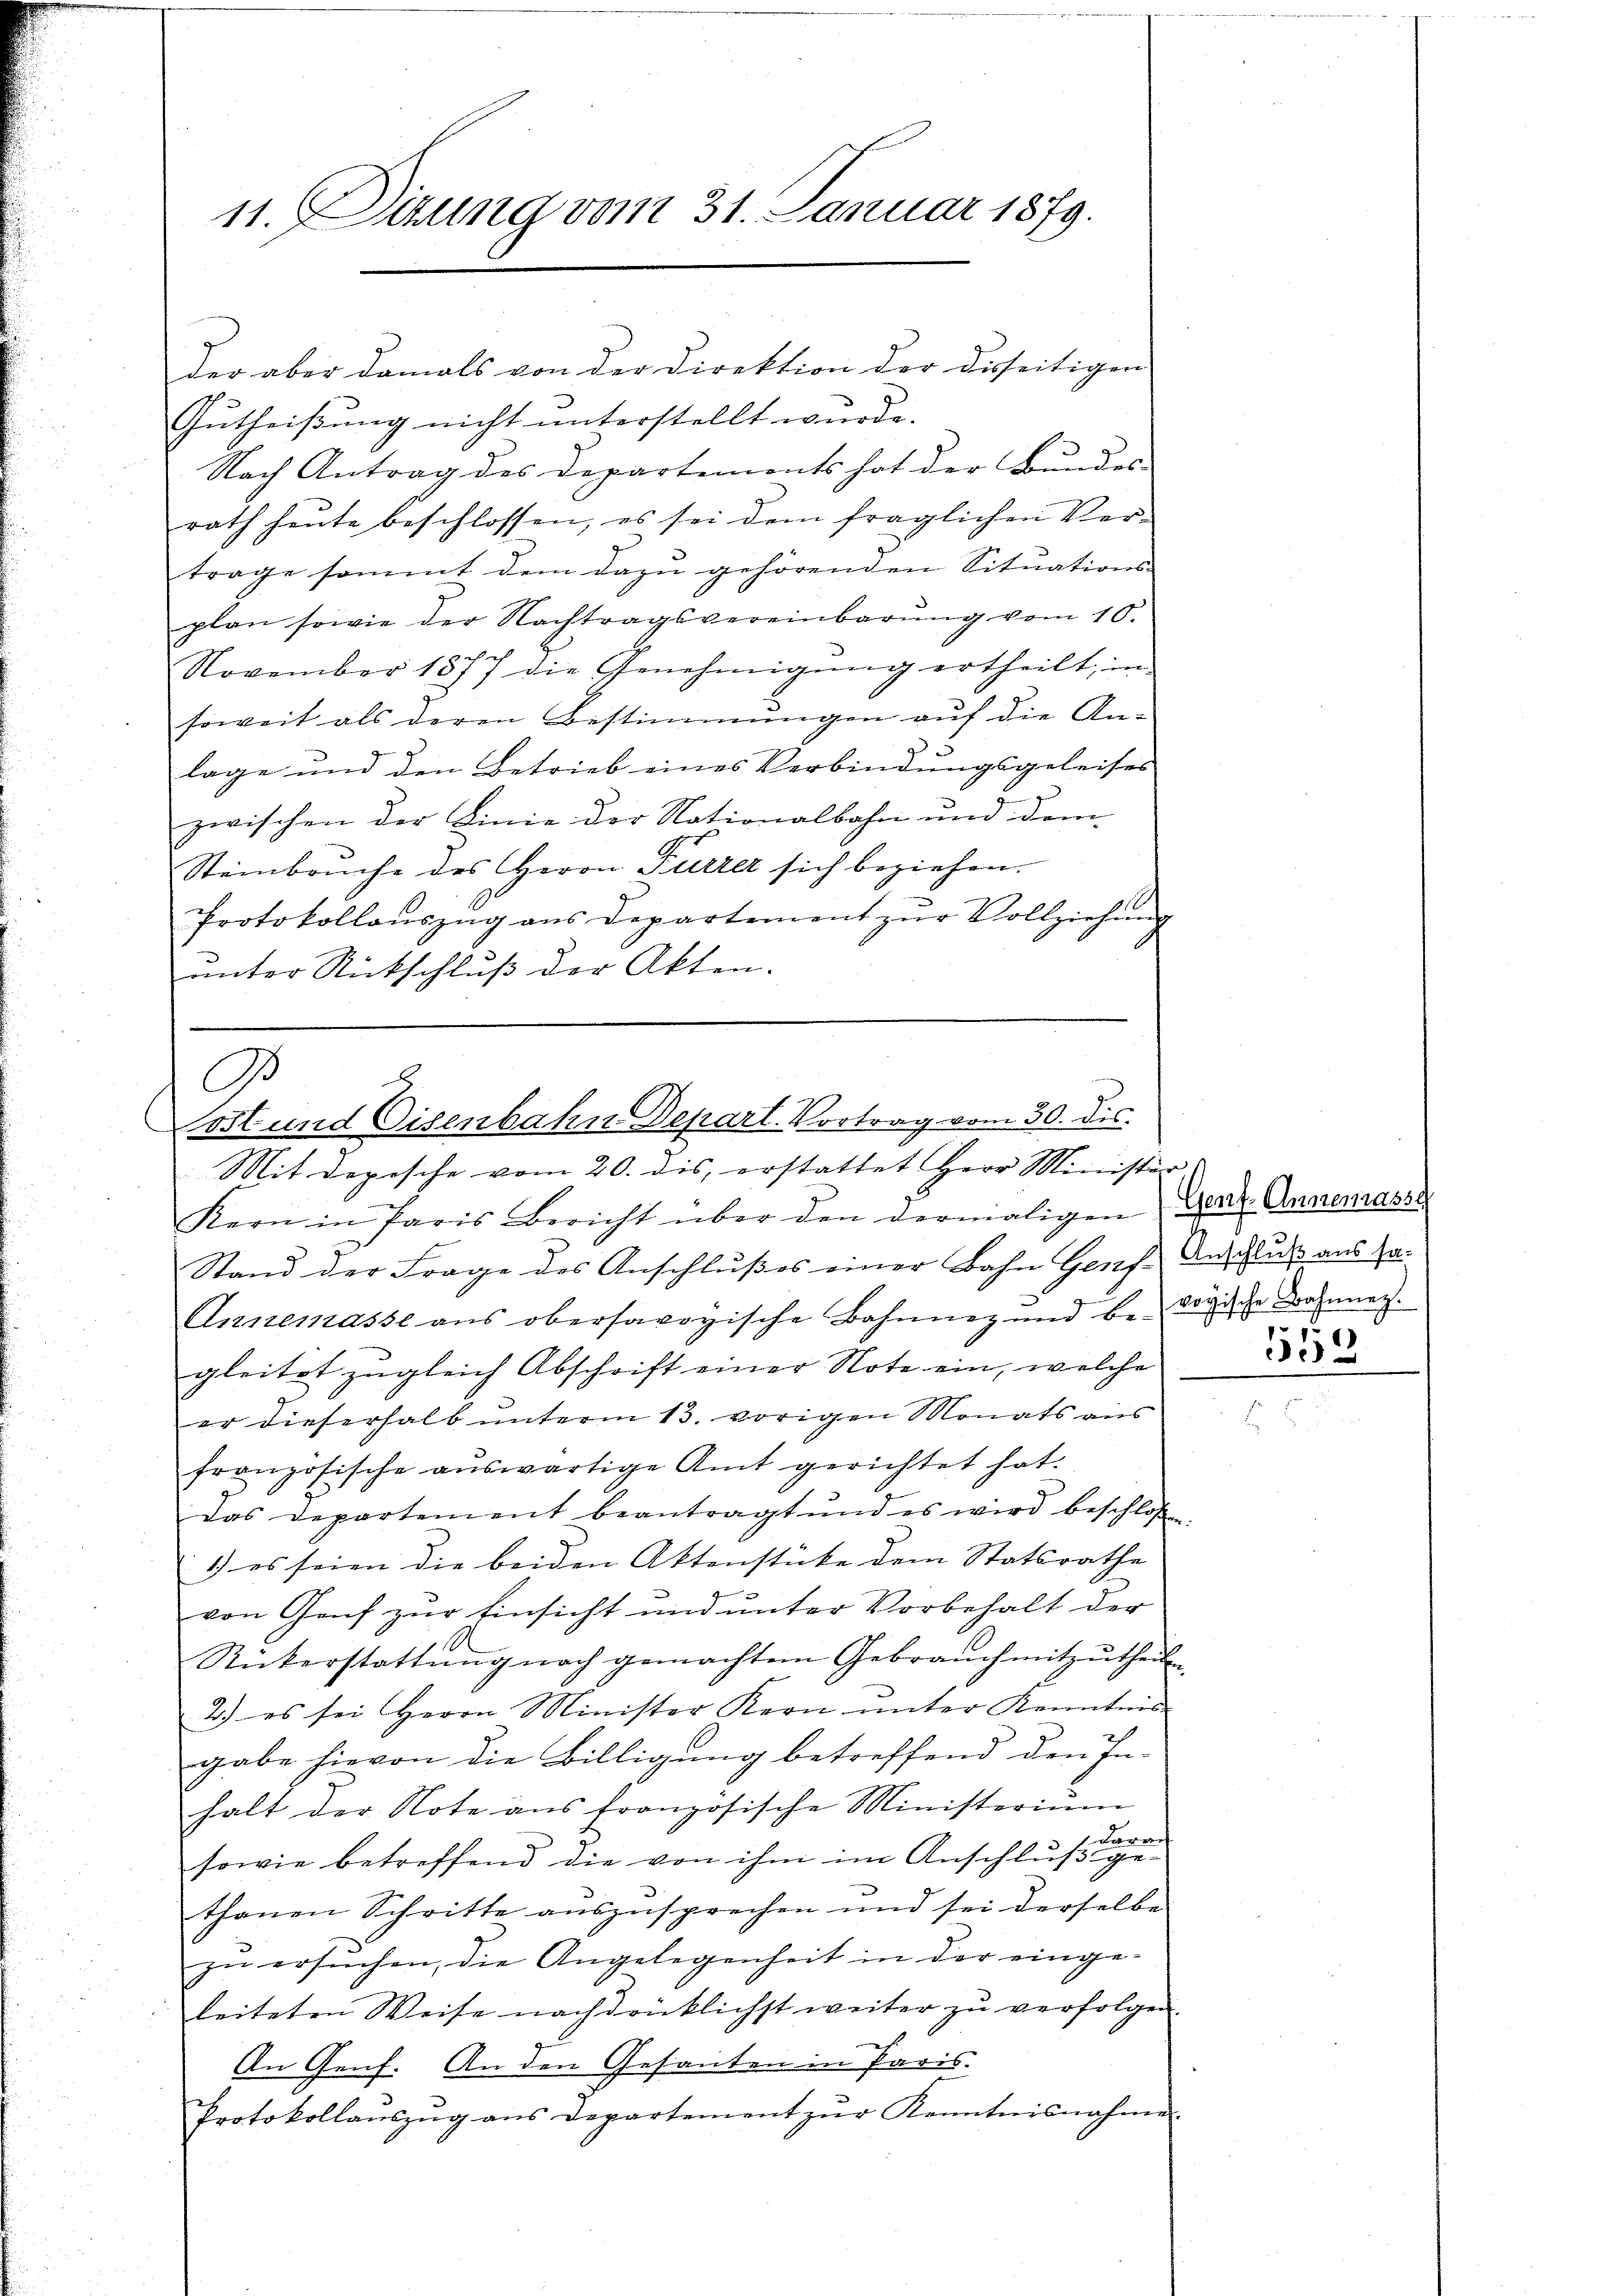
11. Sizung vom 31. Januar 1879.

der aber damals von der Direktion der Disseitigen
Gutheißung nicht unterstellt wurde.
Nach Antrag des Departements hat der Bundes-
rath heute beschlossen, es sei dem fraglichen Ver-
trage sommt dem dazu gehörenden Situations-
plan sowie der Nachtragsvereinbarŭng vom 10.
November 1877 die Genehmigŭng ertheilt, im
soweit als deren Bestimmungen auf die An-
.
lage und den Betrieb eines Verbindungsgeleises
zwischen der Linie der Nationalbahn und dem
Steinbruche des Herrn Fürzer sich beziehen.
Protokollaŭszŭg ans Departement zŭr Vollziehŭng
unter Rückschluß der Akten.

e
G
Post und Eisenbahn Depart. Vortrag vom 30. dis.
Mit depische vom 20. dis, erstattet Herr Minister.

Kern in Paris Bericht über den dermaligen Graz. Annenasse
Stand der Frage des Anschlußes einer Bahn Genf Anschluß aus Ha
Annemasse aus obersavoyische Bahnnez und be- dorische Bahnnez.
gleitet zugleich Abschrift einer Note ein, welche
er dieserhalb unterm 13. vorigen Monats aus
französische aŭswärtige Amt gerichtet hat.
Das Departement beantragt und es wird beschloßen,
1) es seien die beiden Aktenstüke dem Statsrathe
von Genf zur Einsicht und unter Vorbehalt der
Rickerstattŭng nach gemachtem Gebrauch mitzŭtheil
2.) es sei Herrn Minister Kern ŭnter Kenntnis
gabe hievon die Billigung betreffend den In-
halt der Note ans französische Ministerium
drech
f

sowie betreffend die von ihm im Anschluß gethanen Schritte aŭszŭsprechen und sei derselbe
zŭ ersŭchen, die Angelegenheit in der einge-
leiteten Weise nachdrücklichst weiter zu verfolgen.
An Genf. An den Gesanten in Paris.
Protokollaŭszŭg ans Departement zŭr Kenntnisnahme

1552